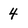
Character: 4